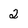
Character: 2